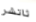
ثاتشر